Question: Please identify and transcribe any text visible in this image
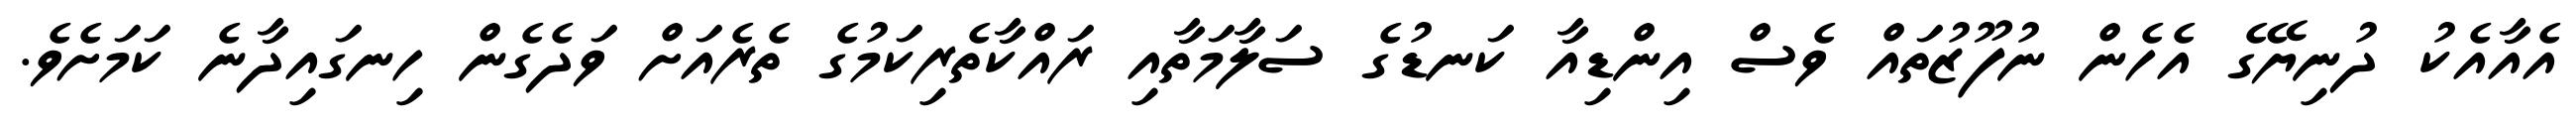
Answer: އެއާއެކު ދުނިޔޭގެ އެހެން ނުފޫޒުތައް ވެސް އިންޑިއާ ކަނޑުގެ ސަލާމަތާއި ރައްކާތެރިކަމުގެ ތެރެއަށް ވަދެގެން ހިނގައިދާނެ ކަމަށެވެ.